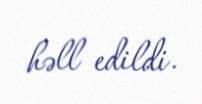
həll edildi.